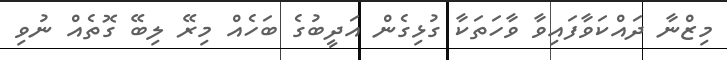
މިޒްނާ ދައްކަވާފައިވާ ވާހަތަކާ ގުޅިގެން އަދީބުގެ ބަހެއް މިރޭ ލިބޭ ގޮތެއް ނުވި